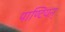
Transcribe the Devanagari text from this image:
पाण्टियऩ्